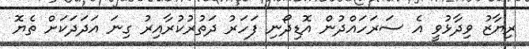
ރިޔާޒު ވިދާޅުވީ އެ ސަރަހައްދުން އޮޑިދޯނި ފަހަރު ދަތުރުކުރާއިރު ގިނަ އަދަދަކަށް ތެޔޮ